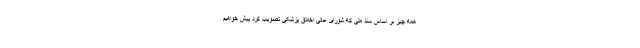
همه چیز بر اساس سند ملی که شورای عالی اخلاق پزشکی تصویب کرد پیش خواهیم